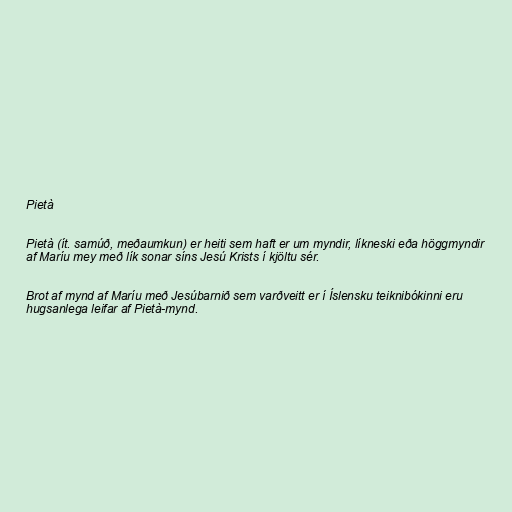
Pietà

Pietà (ít. samúð, meðaumkun) er heiti sem haft er um myndir, líkneski eða höggmyndir
af Maríu mey með lík sonar síns Jesú Krists í kjöltu sér.

Brot af mynd af Maríu með Jesúbarnið sem varðveitt er í Íslensku teiknibókinni eru
hugsanlega leifar af Pietà-mynd.